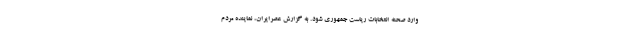
وارد صحنه انتخابات ریاست جمهوری شود. به گزارش عصرایران، نماینده مردم